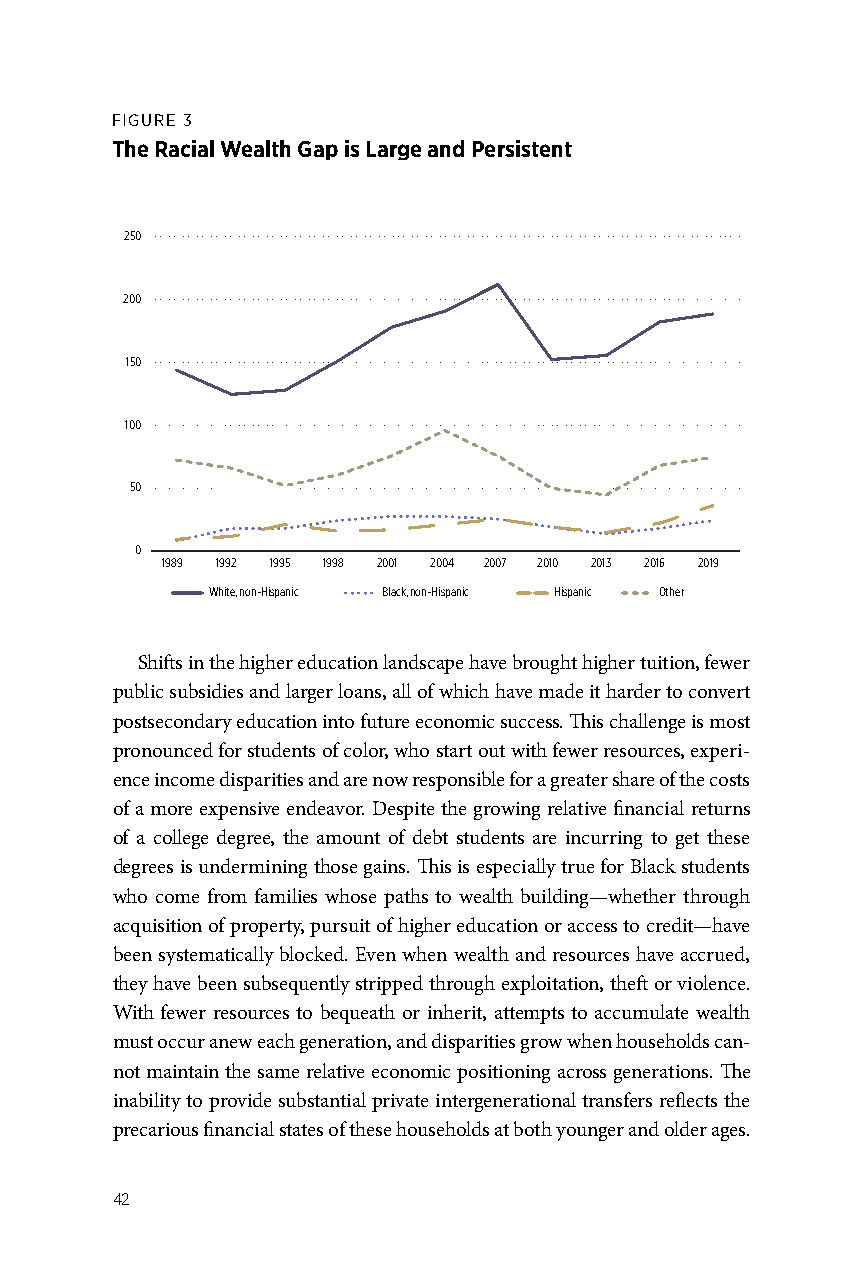
FIGURE 3
 The Racial Wealth Gap is Large and Persistent
 250
 200
 150
 100
 50
 0
 1989 1992 1995 1998 2001 2004 2007 2010 2013 2016 2019
 White, non-Hispanic Black, non-Hispanic Hispanic Other
 Shifts in the higher education landscape have brought higher tuition, fewer
 public subsidies and larger loans, all of which have made it harder to convert
 postsecondary education into future economic success. This challenge is most
 pronounced for students of color, who start out with fewer resources, experi-
 ence income disparities and are now responsible for a greater share of the costs
 of a more expensive endeavor. Despite the growing relative financial returns
 of a college degree, the amount of debt students are incurring to get these
 degrees is undermining those gains. This is especially true for Black students
 who come from families whose paths to wealth building—whether through
 acquisition of property, pursuit of higher education or access to credit—have
 been systematically blocked. Even when wealth and resources have accrued,
 they have been subsequently stripped through exploitation, theft or violence.
 With fewer resources to bequeath or inherit, attempts to accumulate wealth
 must occur anew each generation, and disparities grow when households can-
 not maintain the same relative economic positioning across generations. The
 inability to provide substantial private intergenerational transfers reflects the
 precarious financial states of these households at both younger and older ages.
 42